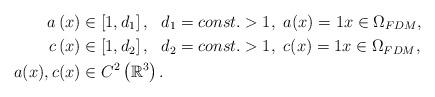
LaTeX: \begin{align*} a \left( x\right) &\in \left[ 1,d_1 \right],~~ d_1 = const.>1,~ a(x) =1x\in \Omega _{FDM}, \\c\left( x\right) &\in \left[ 1,d_2 \right],~~ d_2 = const.>1,~ c(x) =1x\in \Omega _{FDM}, \\a(x), c(x) &\in C^{2}\left( \mathbb{R}^{3}\right) . \end{align*}